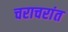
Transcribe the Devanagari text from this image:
चराचरांत